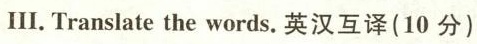
Ⅲ.Translate the words.英汉互译(10分)